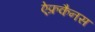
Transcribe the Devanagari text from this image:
ऐ्फ्रकैनस